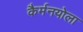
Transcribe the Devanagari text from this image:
कैर्मनयोला